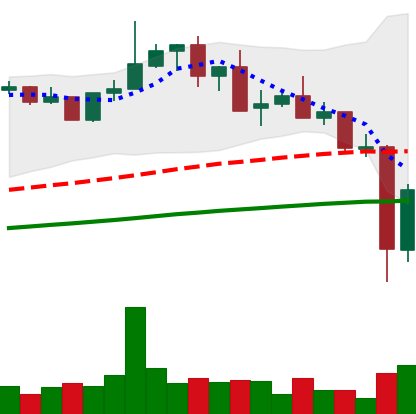
Ticker: XMR-USD
Chart end date: 2021-05-20
Forward return: -12.503%
Label: down_7plus